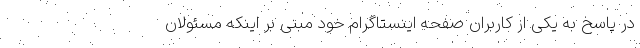
در پاسخ به یکی از کاربران صفحه اینستاگرام خود مبنی بر اینکه مسئولان